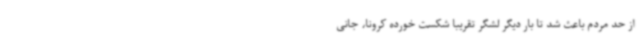
از حد مردم باعث شد تا بار دیگر لشگر تقریبا شکست خورده کرونا، جانی